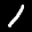
Label: 1